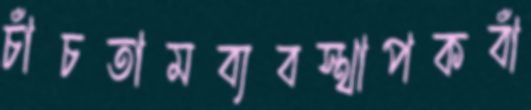
চাঁচতামব্যবস্থাপকবাঁ